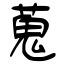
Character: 蒐